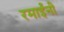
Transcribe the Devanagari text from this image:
रमाईंनी